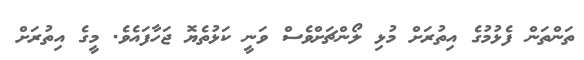
ތަންތަން ފެޅުމުގެ އިތުރަށް މުޅި ލޯންޗަށްވެސް ވަނީ ކަޅުތެޔޮ ޖަހާފައެވެ. މީގެ އިތުރަށް